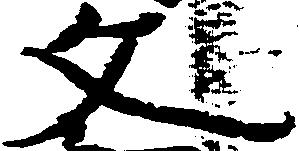
文